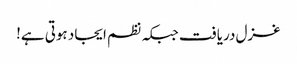
غزل دریافت جبکہ نظم ایجاد ہوتی ہے!